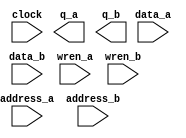
// megafunction wizard: %RAM: 2-PORT%VBB%
// GENERATION: STANDARD
// VERSION: WM1.0
// MODULE: altsyncram 

// ============================================================
// Megafunction Name(s):
// 			altsyncram
//
// Simulation Library Files(s):
// 			altera_mf
// ============================================================
// ************************************************************
// THIS IS A WIZARD-GENERATED FILE. DO NOT EDIT THIS FILE!
//
// 11.0 Build 157 04/27/2011 SJ Full Version
// ************************************************************

//Copyright (C) 1991-2011 Altera Corporation
//Your use of Altera Corporation's design tools, logic functions 
//and other software and tools, and its AMPP partner logic 
//functions, and any output files from any of the foregoing 
//(including device programming or simulation files), and any 
//associated documentation or information are expressly subject 
//to the terms and conditions of the Altera Program License 
//Subscription Agreement, Altera MegaCore Function License 
//Agreement, or other applicable license agreement, including, 
//without limitation, that your use is for the sole purpose of 
//programming logic devices manufactured by Altera and sold by 
//Altera or its authorized distributors.  Please refer to the 
//applicable agreement for further details.

module m9kblock (
	address_a,
	address_b,
	clock,
	data_a,
	data_b,
	wren_a,
	wren_b,
	q_a,
	q_b);

	input	[6:0]  address_a;
	input	[6:0]  address_b;
	input	  clock;
	input	[17:0]  data_a;
	input	[17:0]  data_b;
	input	  wren_a;
	input	  wren_b;
	output	[17:0]  q_a;
	output	[17:0]  q_b;
`ifndef ALTERA_RESERVED_QIS
// synopsys translate_off
`endif
	tri1	  clock;
	tri0	  wren_a;
	tri0	  wren_b;
`ifndef ALTERA_RESERVED_QIS
// synopsys translate_on
`endif

endmodule

// ============================================================
// CNX file retrieval info
// ============================================================
// Retrieval info: PRIVATE: ADDRESSSTALL_A NUMERIC "0"
// Retrieval info: PRIVATE: ADDRESSSTALL_B NUMERIC "0"
// Retrieval info: PRIVATE: BYTEENA_ACLR_A NUMERIC "0"
// Retrieval info: PRIVATE: BYTEENA_ACLR_B NUMERIC "0"
// Retrieval info: PRIVATE: BYTE_ENABLE_A NUMERIC "0"
// Retrieval info: PRIVATE: BYTE_ENABLE_B NUMERIC "0"
// Retrieval info: PRIVATE: BYTE_SIZE NUMERIC "9"
// Retrieval info: PRIVATE: BlankMemory NUMERIC "1"
// Retrieval info: PRIVATE: CLOCK_ENABLE_INPUT_A NUMERIC "0"
// Retrieval info: PRIVATE: CLOCK_ENABLE_INPUT_B NUMERIC "0"
// Retrieval info: PRIVATE: CLOCK_ENABLE_OUTPUT_A NUMERIC "0"
// Retrieval info: PRIVATE: CLOCK_ENABLE_OUTPUT_B NUMERIC "0"
// Retrieval info: PRIVATE: CLRdata NUMERIC "0"
// Retrieval info: PRIVATE: CLRq NUMERIC "0"
// Retrieval info: PRIVATE: CLRrdaddress NUMERIC "0"
// Retrieval info: PRIVATE: CLRrren NUMERIC "0"
// Retrieval info: PRIVATE: CLRwraddress NUMERIC "0"
// Retrieval info: PRIVATE: CLRwren NUMERIC "0"
// Retrieval info: PRIVATE: Clock NUMERIC "0"
// Retrieval info: PRIVATE: Clock_A NUMERIC "0"
// Retrieval info: PRIVATE: Clock_B NUMERIC "0"
// Retrieval info: PRIVATE: ECC NUMERIC "0"
// Retrieval info: PRIVATE: ECC_PIPELINE_STAGE NUMERIC "0"
// Retrieval info: PRIVATE: IMPLEMENT_IN_LES NUMERIC "0"
// Retrieval info: PRIVATE: INDATA_ACLR_B NUMERIC "0"
// Retrieval info: PRIVATE: INDATA_REG_B NUMERIC "1"
// Retrieval info: PRIVATE: INIT_FILE_LAYOUT STRING "PORT_A"
// Retrieval info: PRIVATE: INIT_TO_SIM_X NUMERIC "0"
// Retrieval info: PRIVATE: INTENDED_DEVICE_FAMILY STRING "Cyclone IV E"
// Retrieval info: PRIVATE: JTAG_ENABLED NUMERIC "0"
// Retrieval info: PRIVATE: JTAG_ID STRING "NONE"
// Retrieval info: PRIVATE: MAXIMUM_DEPTH NUMERIC "0"
// Retrieval info: PRIVATE: MEMSIZE NUMERIC "1800"
// Retrieval info: PRIVATE: MEM_IN_BITS NUMERIC "1"
// Retrieval info: PRIVATE: MIFfilename STRING ""
// Retrieval info: PRIVATE: OPERATION_MODE NUMERIC "3"
// Retrieval info: PRIVATE: OUTDATA_ACLR_B NUMERIC "0"
// Retrieval info: PRIVATE: OUTDATA_REG_B NUMERIC "1"
// Retrieval info: PRIVATE: RAM_BLOCK_TYPE NUMERIC "2"
// Retrieval info: PRIVATE: READ_DURING_WRITE_MODE_MIXED_PORTS NUMERIC "1"
// Retrieval info: PRIVATE: READ_DURING_WRITE_MODE_PORT_A NUMERIC "3"
// Retrieval info: PRIVATE: READ_DURING_WRITE_MODE_PORT_B NUMERIC "3"
// Retrieval info: PRIVATE: REGdata NUMERIC "1"
// Retrieval info: PRIVATE: REGq NUMERIC "1"
// Retrieval info: PRIVATE: REGrdaddress NUMERIC "0"
// Retrieval info: PRIVATE: REGrren NUMERIC "0"
// Retrieval info: PRIVATE: REGwraddress NUMERIC "1"
// Retrieval info: PRIVATE: REGwren NUMERIC "1"
// Retrieval info: PRIVATE: SYNTH_WRAPPER_GEN_POSTFIX STRING "0"
// Retrieval info: PRIVATE: USE_DIFF_CLKEN NUMERIC "0"
// Retrieval info: PRIVATE: UseDPRAM NUMERIC "1"
// Retrieval info: PRIVATE: VarWidth NUMERIC "0"
// Retrieval info: PRIVATE: WIDTH_READ_A NUMERIC "18"
// Retrieval info: PRIVATE: WIDTH_READ_B NUMERIC "18"
// Retrieval info: PRIVATE: WIDTH_WRITE_A NUMERIC "18"
// Retrieval info: PRIVATE: WIDTH_WRITE_B NUMERIC "18"
// Retrieval info: PRIVATE: WRADDR_ACLR_B NUMERIC "0"
// Retrieval info: PRIVATE: WRADDR_REG_B NUMERIC "1"
// Retrieval info: PRIVATE: WRCTRL_ACLR_B NUMERIC "0"
// Retrieval info: PRIVATE: enable NUMERIC "0"
// Retrieval info: PRIVATE: rden NUMERIC "0"
// Retrieval info: LIBRARY: altera_mf altera_mf.altera_mf_components.all
// Retrieval info: CONSTANT: ADDRESS_REG_B STRING "CLOCK0"
// Retrieval info: CONSTANT: CLOCK_ENABLE_INPUT_A STRING "BYPASS"
// Retrieval info: CONSTANT: CLOCK_ENABLE_INPUT_B STRING "BYPASS"
// Retrieval info: CONSTANT: CLOCK_ENABLE_OUTPUT_A STRING "BYPASS"
// Retrieval info: CONSTANT: CLOCK_ENABLE_OUTPUT_B STRING "BYPASS"
// Retrieval info: CONSTANT: INDATA_REG_B STRING "CLOCK0"
// Retrieval info: CONSTANT: INTENDED_DEVICE_FAMILY STRING "Cyclone IV E"
// Retrieval info: CONSTANT: LPM_TYPE STRING "altsyncram"
// Retrieval info: CONSTANT: NUMWORDS_A NUMERIC "100"
// Retrieval info: CONSTANT: NUMWORDS_B NUMERIC "100"
// Retrieval info: CONSTANT: OPERATION_MODE STRING "BIDIR_DUAL_PORT"
// Retrieval info: CONSTANT: OUTDATA_ACLR_A STRING "NONE"
// Retrieval info: CONSTANT: OUTDATA_ACLR_B STRING "NONE"
// Retrieval info: CONSTANT: OUTDATA_REG_A STRING "CLOCK0"
// Retrieval info: CONSTANT: OUTDATA_REG_B STRING "CLOCK0"
// Retrieval info: CONSTANT: POWER_UP_UNINITIALIZED STRING "FALSE"
// Retrieval info: CONSTANT: RAM_BLOCK_TYPE STRING "M9K"
// Retrieval info: CONSTANT: READ_DURING_WRITE_MODE_MIXED_PORTS STRING "OLD_DATA"
// Retrieval info: CONSTANT: READ_DURING_WRITE_MODE_PORT_A STRING "NEW_DATA_NO_NBE_READ"
// Retrieval info: CONSTANT: READ_DURING_WRITE_MODE_PORT_B STRING "NEW_DATA_NO_NBE_READ"
// Retrieval info: CONSTANT: WIDTHAD_A NUMERIC "7"
// Retrieval info: CONSTANT: WIDTHAD_B NUMERIC "7"
// Retrieval info: CONSTANT: WIDTH_A NUMERIC "18"
// Retrieval info: CONSTANT: WIDTH_B NUMERIC "18"
// Retrieval info: CONSTANT: WIDTH_BYTEENA_A NUMERIC "1"
// Retrieval info: CONSTANT: WIDTH_BYTEENA_B NUMERIC "1"
// Retrieval info: CONSTANT: WRCONTROL_WRADDRESS_REG_B STRING "CLOCK0"
// Retrieval info: USED_PORT: address_a 0 0 7 0 INPUT NODEFVAL "address_a[6..0]"
// Retrieval info: USED_PORT: address_b 0 0 7 0 INPUT NODEFVAL "address_b[6..0]"
// Retrieval info: USED_PORT: clock 0 0 0 0 INPUT VCC "clock"
// Retrieval info: USED_PORT: data_a 0 0 18 0 INPUT NODEFVAL "data_a[17..0]"
// Retrieval info: USED_PORT: data_b 0 0 18 0 INPUT NODEFVAL "data_b[17..0]"
// Retrieval info: USED_PORT: q_a 0 0 18 0 OUTPUT NODEFVAL "q_a[17..0]"
// Retrieval info: USED_PORT: q_b 0 0 18 0 OUTPUT NODEFVAL "q_b[17..0]"
// Retrieval info: USED_PORT: wren_a 0 0 0 0 INPUT GND "wren_a"
// Retrieval info: USED_PORT: wren_b 0 0 0 0 INPUT GND "wren_b"
// Retrieval info: CONNECT: @address_a 0 0 7 0 address_a 0 0 7 0
// Retrieval info: CONNECT: @address_b 0 0 7 0 address_b 0 0 7 0
// Retrieval info: CONNECT: @clock0 0 0 0 0 clock 0 0 0 0
// Retrieval info: CONNECT: @data_a 0 0 18 0 data_a 0 0 18 0
// Retrieval info: CONNECT: @data_b 0 0 18 0 data_b 0 0 18 0
// Retrieval info: CONNECT: @wren_a 0 0 0 0 wren_a 0 0 0 0
// Retrieval info: CONNECT: @wren_b 0 0 0 0 wren_b 0 0 0 0
// Retrieval info: CONNECT: q_a 0 0 18 0 @q_a 0 0 18 0
// Retrieval info: CONNECT: q_b 0 0 18 0 @q_b 0 0 18 0
// Retrieval info: GEN_FILE: TYPE_NORMAL m9kblock.v TRUE
// Retrieval info: GEN_FILE: TYPE_NORMAL m9kblock.inc FALSE
// Retrieval info: GEN_FILE: TYPE_NORMAL m9kblock.cmp FALSE
// Retrieval info: GEN_FILE: TYPE_NORMAL m9kblock.bsf FALSE
// Retrieval info: GEN_FILE: TYPE_NORMAL m9kblock_inst.v FALSE
// Retrieval info: GEN_FILE: TYPE_NORMAL m9kblock_bb.v TRUE
// Retrieval info: LIB_FILE: altera_mf